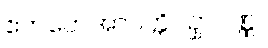
ဧကတေအာပတ္တိပဥှာဝဏ္ဏ။